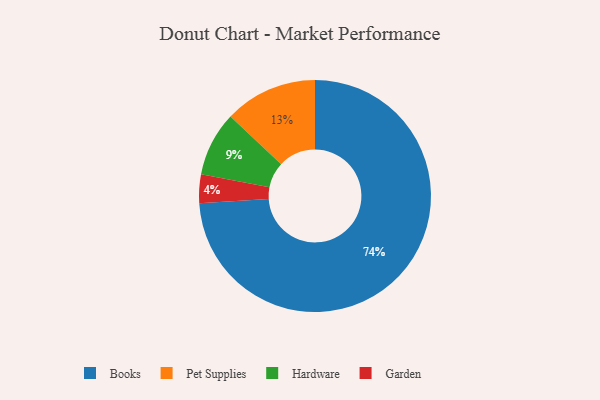
{"axis": {"x": "Category", "y": "Percentage"}, "legend": ["Books", "Garden", "Hardware", "Pet Supplies"], "data": [{"x": "Books", "y": 74, "type": "Books"}, {"x": "Garden", "y": 4, "type": "Garden"}, {"x": "Pet Supplies", "y": 13, "type": "Pet Supplies"}, {"x": "Hardware", "y": 9, "type": "Hardware"}]}